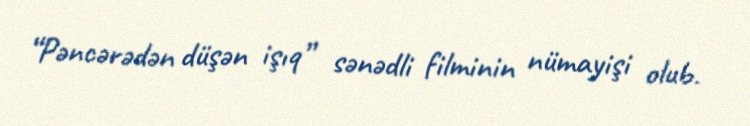
“Pəncərədən düşən işıq” sənədli filminin nümayişi olub.